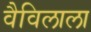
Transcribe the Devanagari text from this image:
वैविलाला